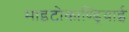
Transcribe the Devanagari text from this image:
माइटोकाण्ड्रियाई